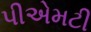
પીએમટી